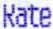
RATE